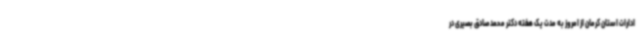
ادارات استان کرمان از امروز به مدت یک هفته دکتر محمدصادق بصیری در